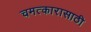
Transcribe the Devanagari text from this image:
चमत्कारासाठी